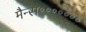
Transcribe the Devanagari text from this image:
मैन्स॰॰॰॰॰॰॰